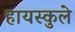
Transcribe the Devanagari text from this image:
हायस्कुले